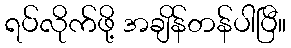
ရပ်လိုက်ဖို့ အချိန်တန်ပါပြီ။